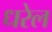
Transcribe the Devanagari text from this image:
धरेल